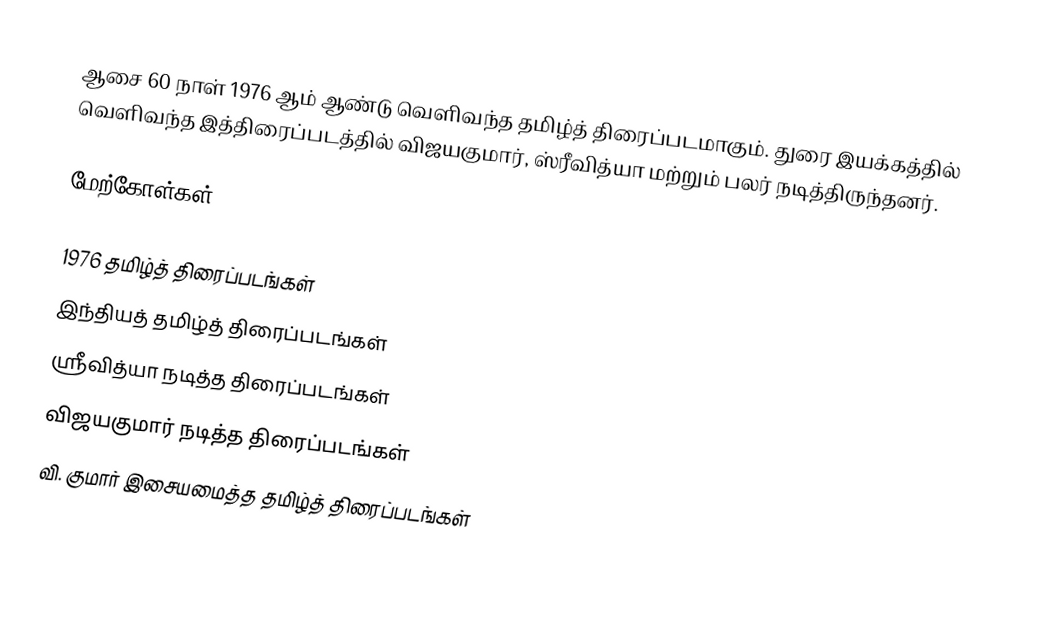
ஆசை 60 நாள் 1976 ஆம் ஆண்டு வெளிவந்த தமிழ்த் திரைப்படமாகும். துரை இயக்கத்தில் வெளிவந்த இத்திரைப்படத்தில் விஜயகுமார், ஸ்ரீவித்யா மற்றும் பலர் நடித்திருந்தனர்.

மேற்கோள்கள்

1976 தமிழ்த் திரைப்படங்கள்
இந்தியத் தமிழ்த் திரைப்படங்கள்
ஸ்ரீவித்யா நடித்த திரைப்படங்கள்
விஜயகுமார் நடித்த திரைப்படங்கள்
வி. குமார் இசையமைத்த தமிழ்த் திரைப்படங்கள்